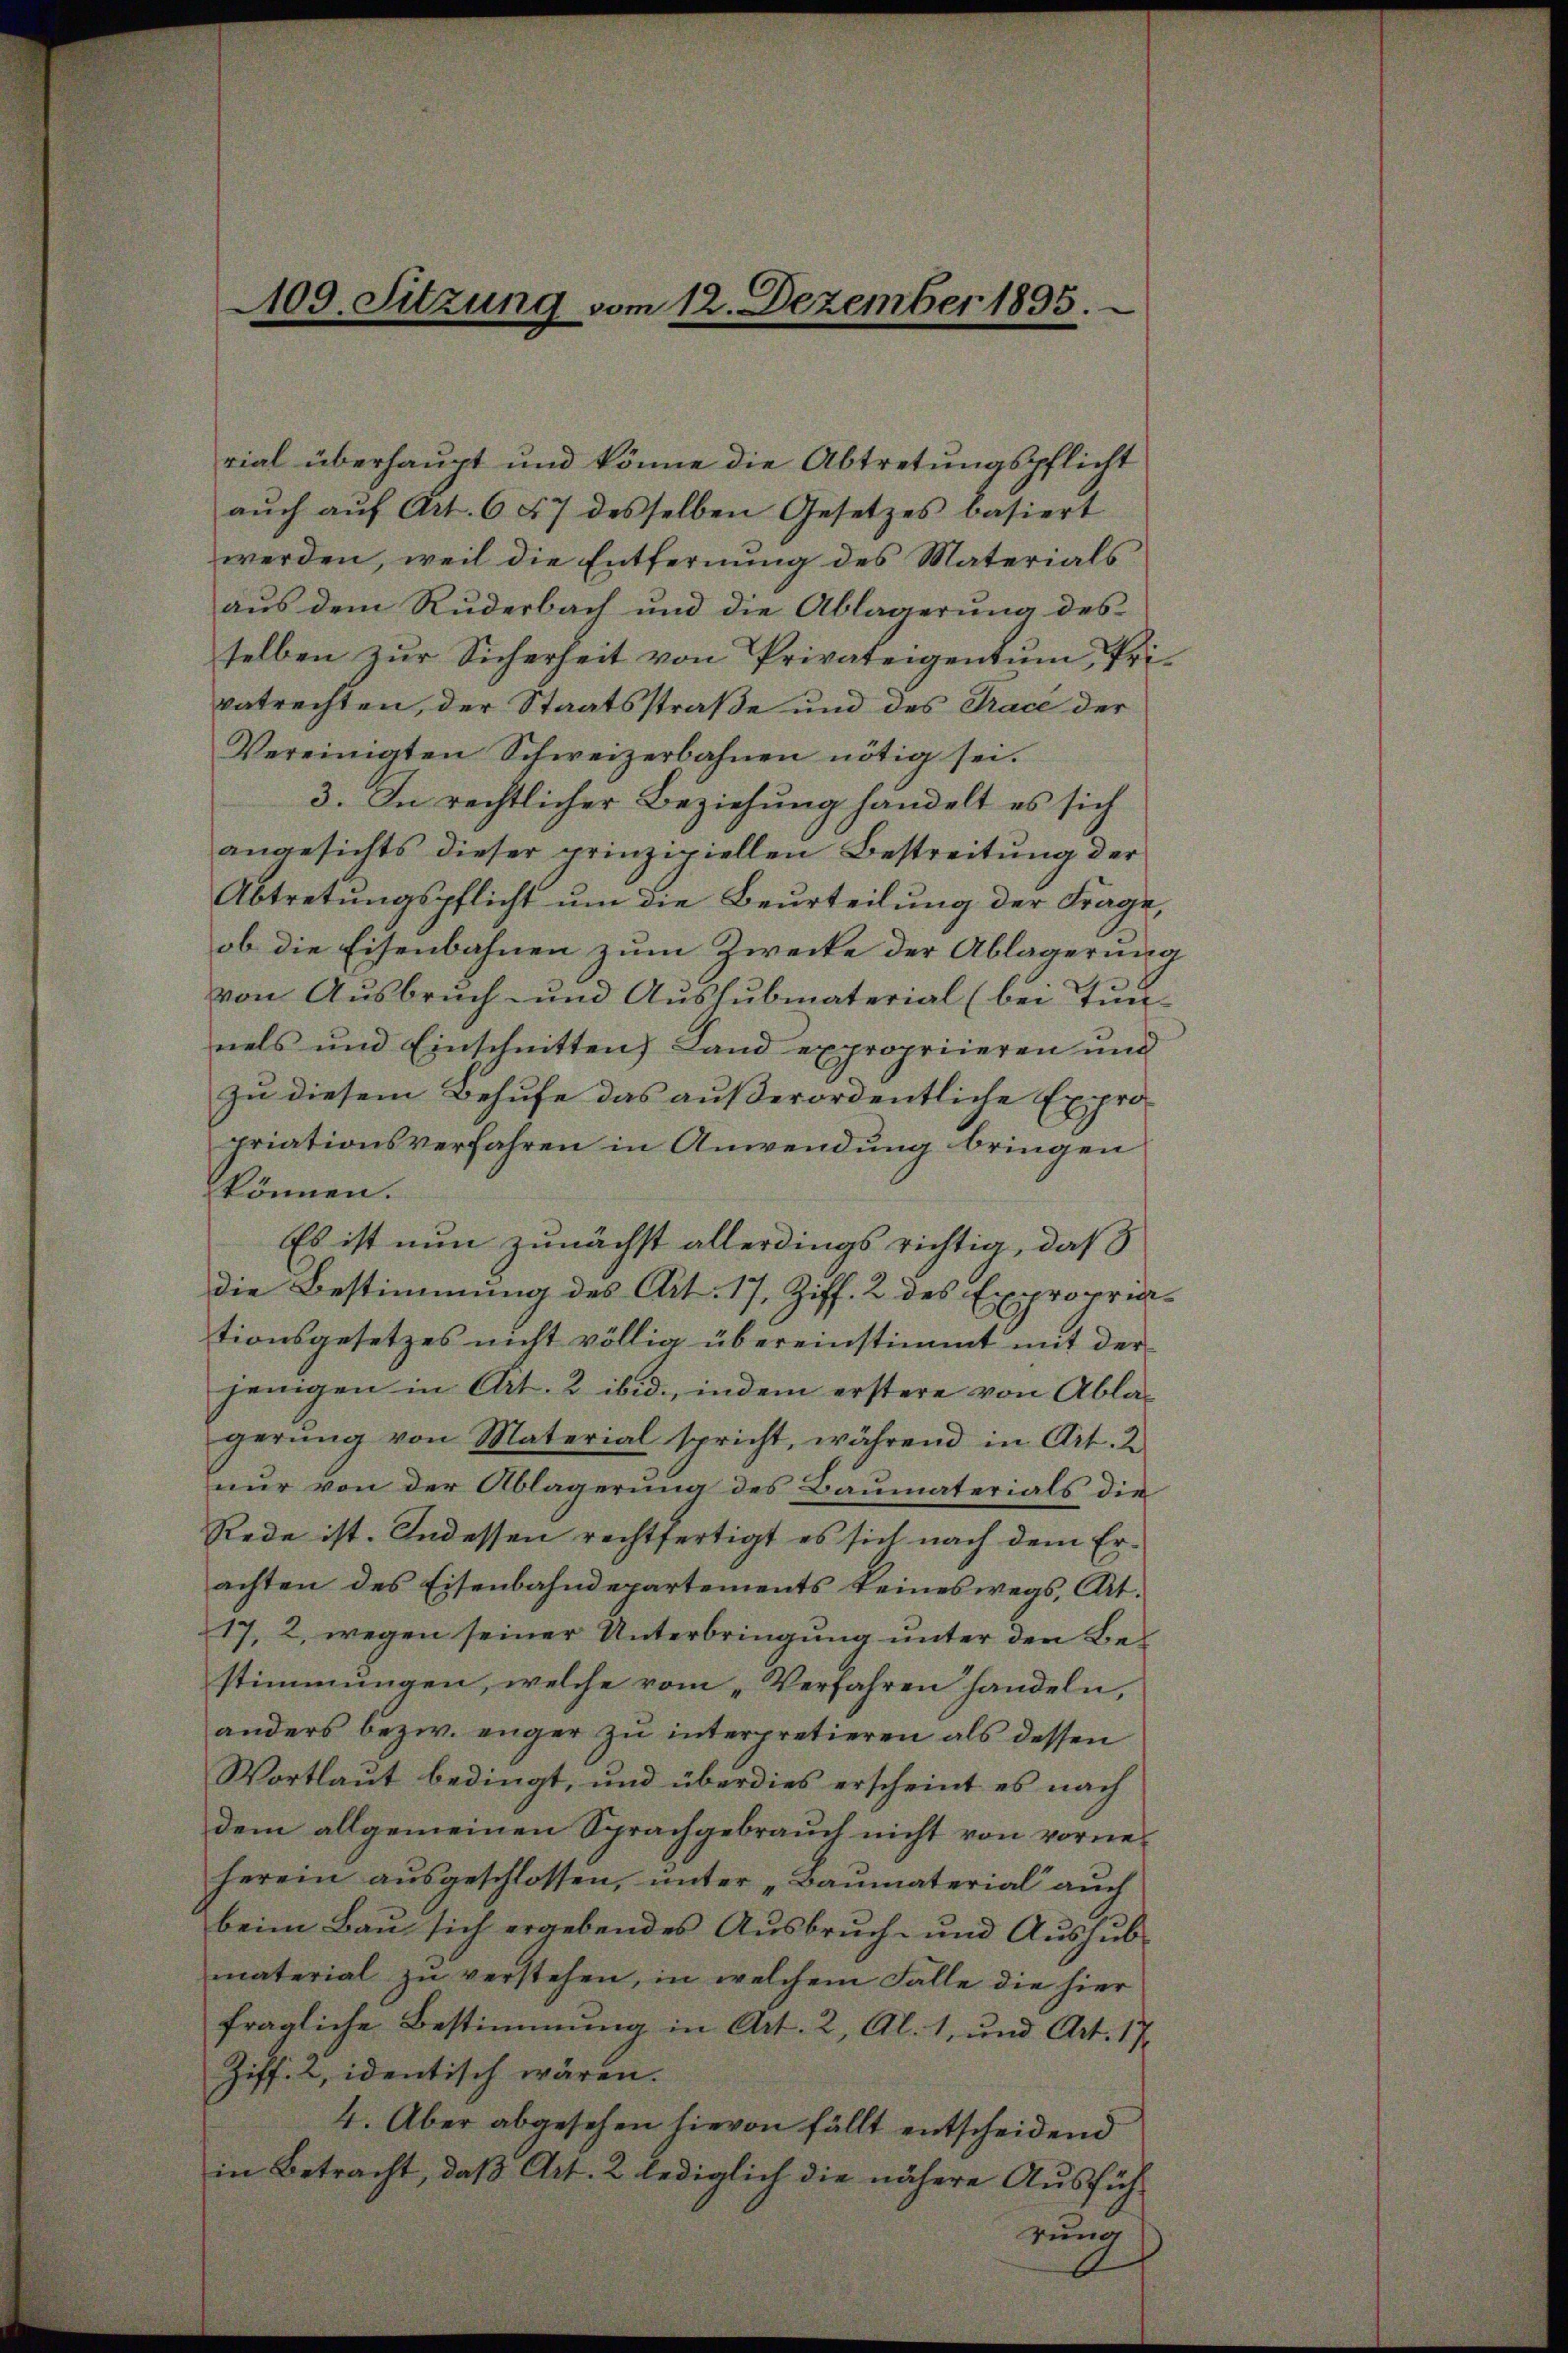
109. Sitzung vom 12. Dezember 1895.

rial überhaupt und könne die Abtretungspflicht
aŭch aŭf Art. 6 57 desselben Gesetzes basiert
werden, weil die Entfernung des Materials
aus dem Ruderbach und die Ablagerung des
selben zur Sicherheit von Privateigentum, Privatrechten, der Staatsstraße und des Trace der
Vereinigten Schweizerbahnen nötig sei.
3. In rechtlicher Beziehung handelt es sich
angesichts dieser prinzipiellen Bestreitung der
Abtretungspflicht um die Beurteilung der Frage,
ob die Eisenbahnen zum Zwecke der Ablagerung
von Ausbruch- und Aussubmaterial (bei Tunnels und Einschnitten Land expropriieren und
zu diesem Behufe das außerordentliche Expropriationsverfahren in Anwendung bringen
können.
Es ist nun zunächst allerdings richtig, daß
die Bestimmung des Art. 17, Ziff. 2 des Expropriationsgesetzes nicht völlig übereinstimmt mit der
jenigen in Art. 2 ibid., indem erstere von Ablagerŭng von Material spricht, während in Art. 2
nur von der Ablagerung des Baumaterials die
Rede ist. Indessen rechtfertigt es sich nach dem Erachten des Eisenbahndepartements keineswegs, Art.
17, 2, wegen seiner Unterbringung unter den Be-
stimmungen, welche vom „Verfahren handeln,
anders bezw. enger zu interpretieren als dessen
Wortlaut bedingt, und überdies erscheint es nach
dem allgemeinen Sprachgebrauch nicht von vorneherein aŭsgeschlossen, unter „Baumaterial auch
beim Bau sich ergebendes Aŭsbrŭch- und Aŭshŭb-
material zu verstehen, in welchem Falle die hier
fragliche Bestimmung in Art. 2, Al. 1, und Art. 17.
Ziff. 2, identisch wären.
4. Aber abgesehen hievon fällt entscheidend
in Betracht, daß Art. 2 lediglich die nähere Ausführung